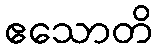
ဧသောတိ